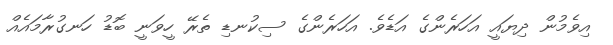
އިވެމުން ދިޔައީ އަހަރެންގެ އަޑެވެ. އަހަރެންގެ ސިކުނޑި ތެރޭ ހީވަނީ ބޮޑު ހަނގުރާމައެއް